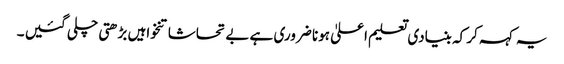
یہ کہہ کر کہ بنیادی تعلیم اعلیٰ ہونا ضروری ہے بے تحاشا تنخواہیں بڑھتی چلی گئیں ۔